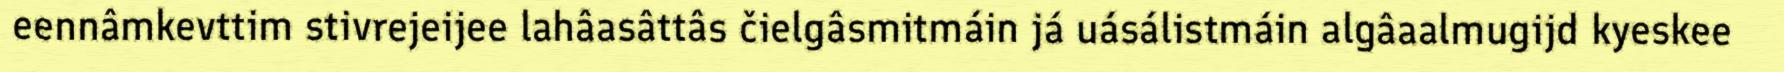
eennâmkevttim stivrejeijee lahâasâttâs čielgâsmitmáin já uásálistmáin algâaalmugijd kyeskee